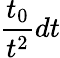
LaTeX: \frac{t_{0}}{t^{2}}dt